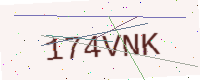
Text: 174VNK